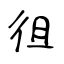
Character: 徂